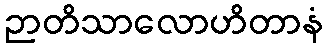
ဉာတိသာလောဟိတာနံ